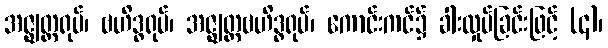
အဇ္ဈတ္တရုပ်၊ ဗဟိဒ္ဓရုပ်၊ အဇ္ဈတ္တဗဟိဒ္ဓရုပ်၊ ကောင်းကင်၌ ခါးလှုပ်ခြင်းဖြင့် (၄)၊